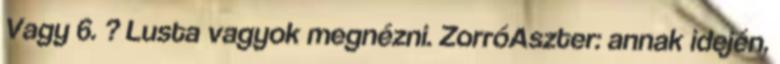
Vagy 6. ? Lusta vagyok megnézni. ZorróAszter: annak idején,